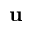
\mathbf u